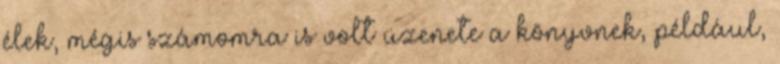
élek, mégis számomra is volt üzenete a könyvnek, például,